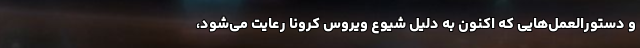
و دستورالعمل‌هایی که اکنون به دلیل شیوع ویروس کرونا رعایت می‌شود،